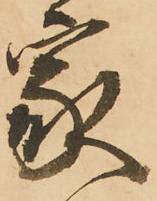
家